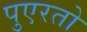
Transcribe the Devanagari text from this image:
पुएरतो